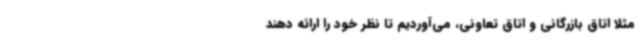
مثلا اتاق بازرگانی و اتاق تعاونی، می‌آوردیم تا نظر خود را ارائه دهند